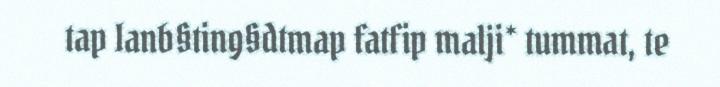
tap Ianb§ting§dtmap fatfip malji* tummat, te